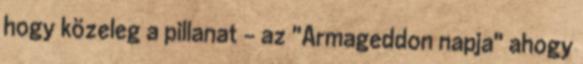
hogy közeleg a pillanat – az "Armageddon napja" ahogy